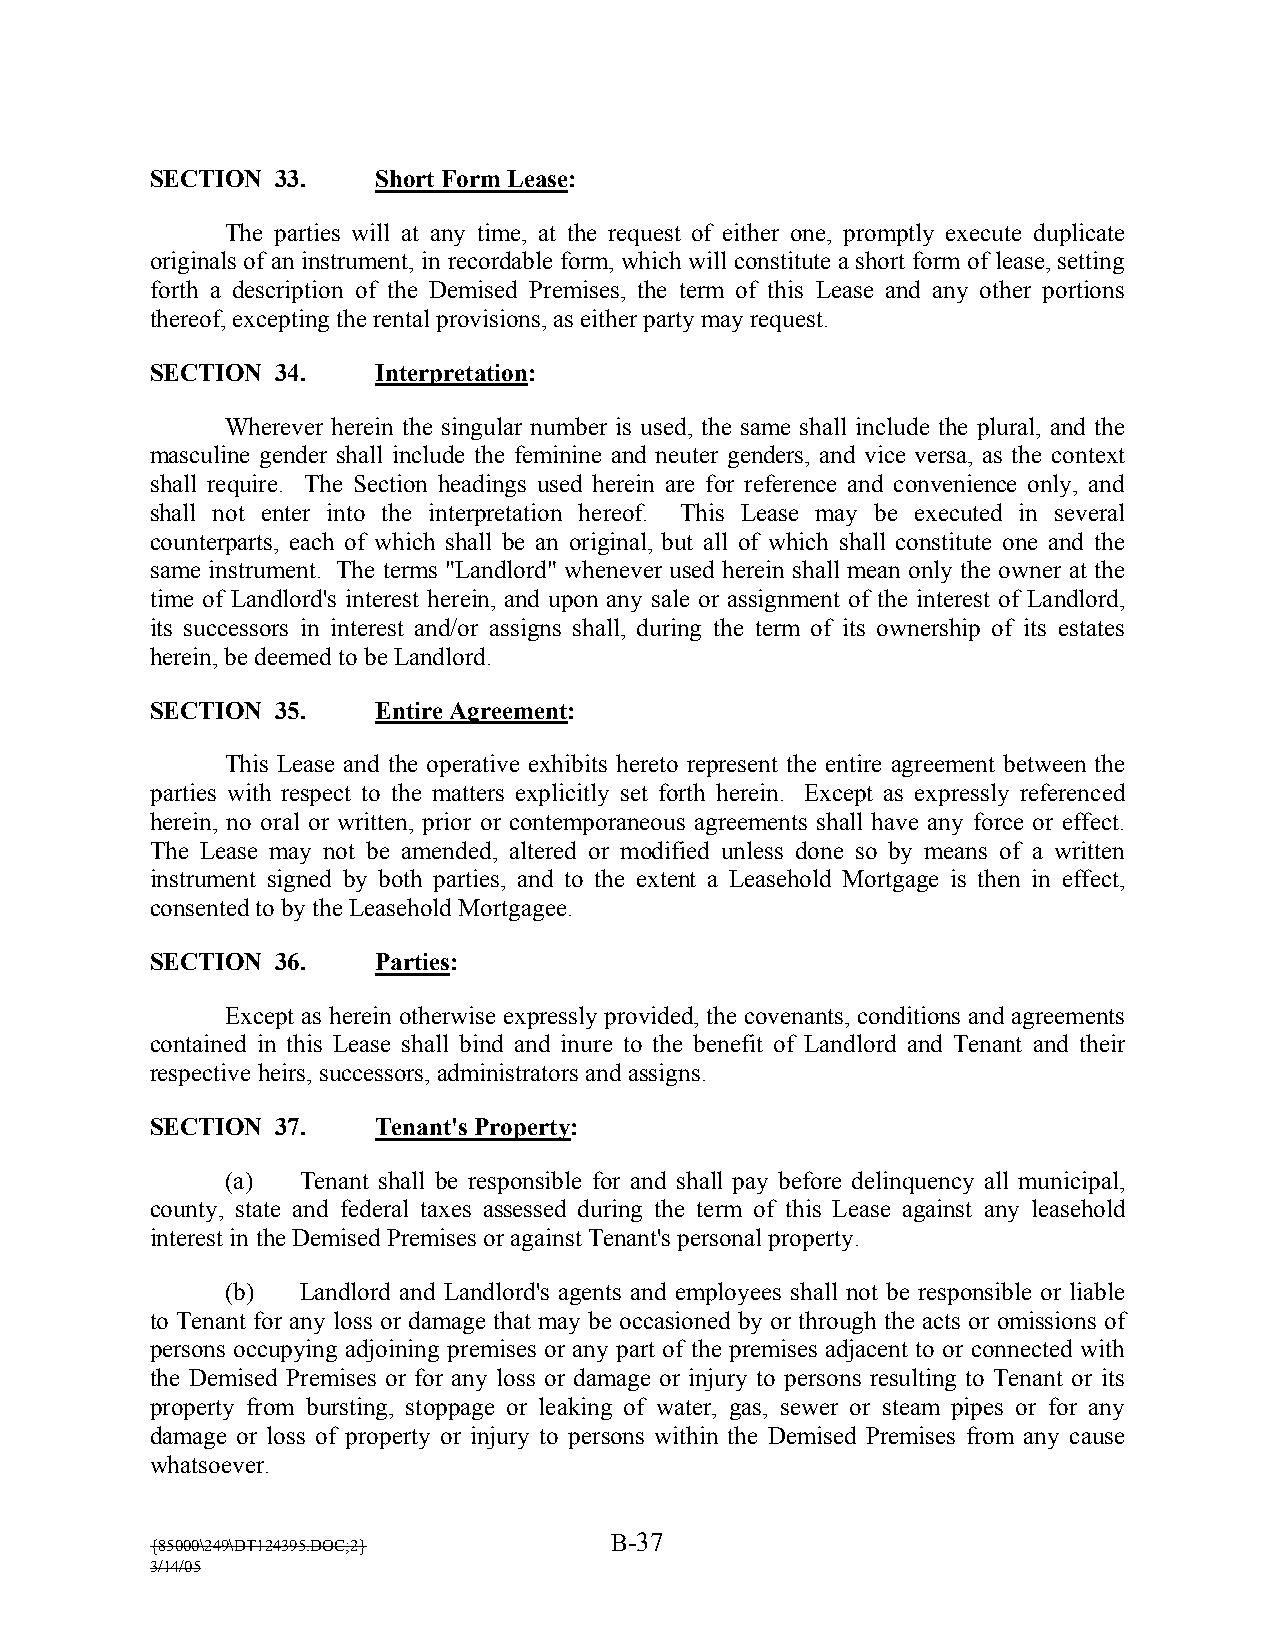
SECTION 33.    Short Form Lease:
 The parties will at any time, at the request of either one, promptly execute duplicate
 originals of an instrument, in recordable form, which will constitute a short form of lease, setting
 forth a description of the Demised Premises, the term of this Lease and any other portions
 thereof, excepting the rental provisions, as either party may request.
 SECTION 34.    Interpretation:
 Wherever herein the singular number is used, the same shall include the plural, and the
 masculine gender shall include the feminine and neuter genders, and vice versa, as the context
 shall require. The Section headings used herein are for reference and convenience only, and
 shall not enter into the interpretation hereof. This Lease may be executed in several
 counterparts, each of which shall be an original, but all of which shall constitute one and the
 same instrument. The terms "Landlord" whenever used herein shall mean only the owner at the
 time of Landlord’s interest herein, and upon any sale or assignment of the interest of Landlord,
 its successors in interest and/or assigns shall, during the term of its ownership of its estates
 herein, be deemed to be Landlord.
 SECTION 35.    Entire Agreement:
 This Lease and the operative exhibits hereto represent the entire agreement between the
 parties with respect to the matters explicitly set forth herein. Except as expressly referenced
 herein, no oral or written, prior or contemporaneous agreements shall have any force or effect.
 The Lease may not be amended, altered or modified unless done so by means of a written
 instrument signed by both parties, and to the extent a Leasehold Mortgage is then in effect,
 consented to by the Leasehold Mortgagee.
 SECTION 36.    Parties:
 Except as herein otherwise expressly provided, the covenants, conditions and agreements
 contained in this Lease shall bind and inure to the benefit of Landlord and Tenant and their
 respective heirs, successors, administrators and assigns.
 SECTION 37.    Tenant’s Property:
 (a)  Tenant shall be responsible for and shall pay before delinquency all municipal,
 county, state and federal taxes assessed during the term of this Lease against any leasehold
 interest in the Demised Premises or against Tenant’s personal property.
 (b)  Landlord and Landlord’s agents and employees shall not be responsible or liable
 to Tenant for any loss or damage that may be occasioned by or through the acts or omissions of
 persons occupying adjoining premises or any part of the premises adjacent to or connected with
 the Demised Premises or for any loss or damage or injury to persons resulting to Tenant or its
 property from bursting, stoppage or leaking of water, gas, sewer or steam pipes or for any
 damage or loss of property or injury to persons within the Demised Premises from any cause
 whatsoever.
 B-37
 {85000\249\DT124395.DOC;2}
 3/14/05